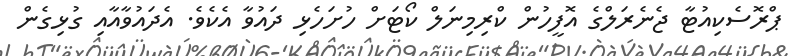
ޕްރޮސެކިއުޓާ ޖެނެރަލްގެ އޮފީހުން ކްރިމިނަލް ކޯޓަށް ހުށަހެޅި ދައުވާ އެކެވެ. އެދައުވާއާއި ގުޅިގެން